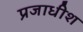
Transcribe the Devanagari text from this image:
प्रजाधीश